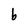
Character: b